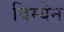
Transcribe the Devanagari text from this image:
विम्येन